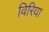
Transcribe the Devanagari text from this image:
विरिया